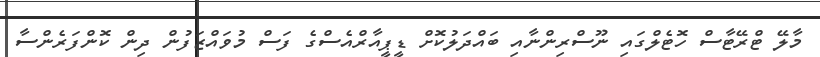
މާލޭ ޓްރޭޓާސް ހޮޓެލްގައި ނޫސްރިންނާއި ބައްދަލުކޮށް ޑީޕީއާރްއެސްގެ ފަސް މުވައްޒަފުން ދިން ކޮންފަރެންސާ